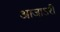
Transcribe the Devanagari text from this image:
आजाऽरी